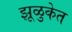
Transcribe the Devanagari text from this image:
झूळुकेत